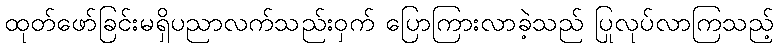
ထုတ်ဖော်ခြင်းမရှိပညာလက်သည်းဝှက် ပြောကြားလာခဲ့သည် ပြုလုပ်လာကြသည့်